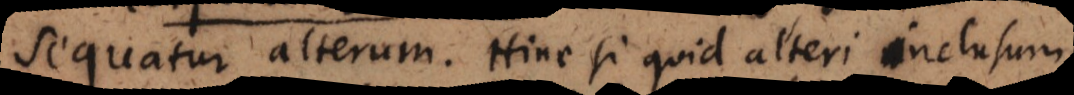
sequatur alterum. Hinc si quid alteri inclusum